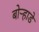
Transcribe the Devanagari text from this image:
बोर्‍हाडे